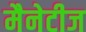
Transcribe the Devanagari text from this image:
मैनेटीज